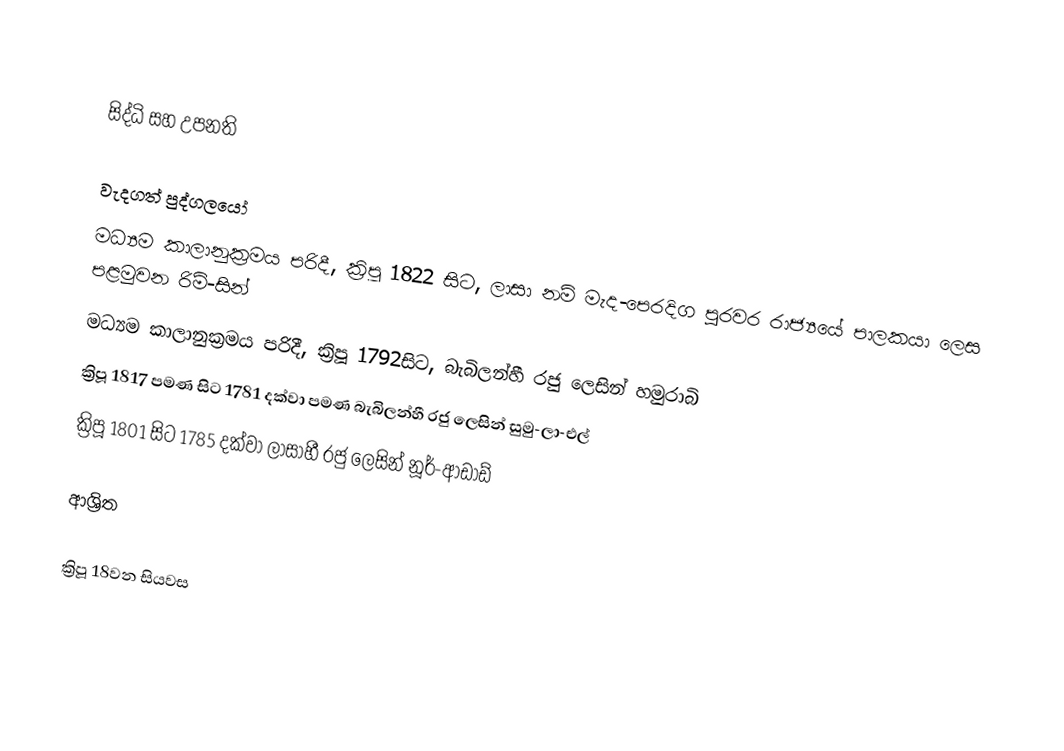

සිද්ධි සහ උපනති

වැදගත් පුද්ගලයෝ
 මධ්‍යම කාලානුක්‍රමය පරිදී, ක්‍රිපූ 1822 සිට,  ලාසා නම් මැද-පෙරදිග පුරවර රාජ්‍යයේ පාලකයා ලෙස පළමුවන රිම්-සින්
 මධ්‍යම කාලානුක්‍රමය පරිදී, ක්‍රිපූ 1792සිට, බැබිලන්හී රජු ලෙසින් හමුරාබි
 ක්‍රිපූ  1817 පමණ සිට 1781 දක්වා පමණ බැබිලන්හී රජු ලෙසින් සුමු-ලා-එල්
 ක්‍රිපූ 1801 සිට 1785 දක්වා ලාසාහී රජු ලෙසින් නූර්-ආඩාඩ්

ආශ්‍රිත

ක්‍රිපූ 18වන සියවස